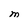
Character: M